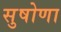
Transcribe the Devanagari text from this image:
सुषोणा